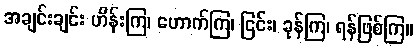
အချင်းချင်း ဟိန်းကြ၊ ဟောက်ကြ၊ ငြင်း၊ ခုန်ကြ၊ ရန်ဖြစ်ကြ။